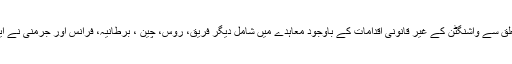
امریکا کی وعدہ خلافیوں اور ایٹمی معاہدے کے تعلق سے واشنگٹن کے غیر قانونی اقدامات کے باوجود معاہدے میں شامل دیگر فریق، روس، چین ، برطانیہ، فرانس اور جرمنی نے ایٹمی معاہدے پر مکمل عمل درآمد پر زور دیا ہے۔